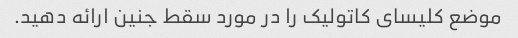
موضع کلیسای کاتولیک را در مورد سقط جنین ارائه دهید.